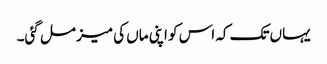
یہاں تک کہ اس کو اپنی ماں کی میز مل گئی۔